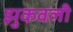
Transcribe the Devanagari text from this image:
झुकवली